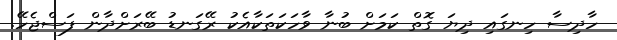
ހާދިސާ ހިނގައި ދިޔަ ގޮތް ކަމަށް ބުނާ ވާހަކަތަކާއެކު ރޭގަނޑު ބޭރަށްދާން ފަސްޖެހޭ.